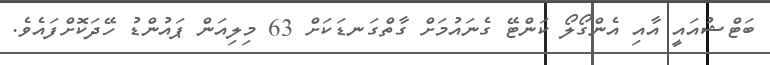
ބަޓްޝުއައީ އާއި އެންގޯލޯ ކަންޓޭ ގެނައުމަށް ގާތްގަނޑަކަށް 63 މިލިއަން ޕައުންޑު ހޭދަކޮށްފައެވެ.